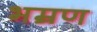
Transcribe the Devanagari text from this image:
भम्रण